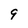
Character: 9